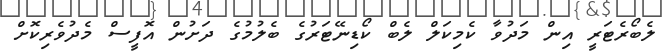
ލެބޯރެޓަރީ އިން މަދުވާ ކެމިކަލް ލެބް ކޯޑިނޭޓަރުގެ ބެލުމުގެ ދަށުން އޮފީސް މެދުވެރިކޮށް